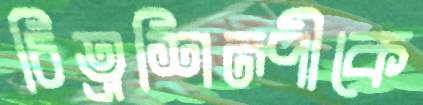
চিত্রশিল্পীকে